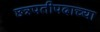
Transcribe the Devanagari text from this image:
छत्रपतीपदाच्या